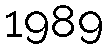
1989